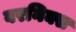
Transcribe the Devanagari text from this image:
वरनिक्स